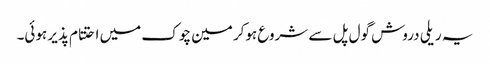
یہ ریلی دروش گول پل سے شروع ہوکر مین چوک میں احتتام پذیر ہوئی۔